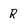
Character: R